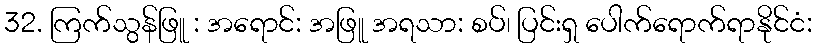
32. ကြက်သွန်ဖြူ : အရောင်: အဖြူ အရသာ: စပ်၊ ပြင်းရှ ပေါက်ရောက်ရာနိုင်ငံ: